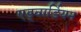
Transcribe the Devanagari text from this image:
एड्वार्डियन